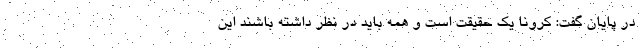
در پایان گفت: کرونا یک حقیقت است و همه باید در نظر داشته باشند این